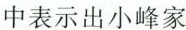
中表示出小峰家